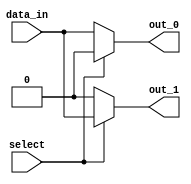
module demux_1to2 (
    input wire data_in,
    input wire select,
    output reg out_0,
    output reg out_1
);

always @(*) begin
    out_0 = (select) ? 1'b0 : data_in;
    out_1 = (select) ? data_in : 1'b0;
end

endmodule